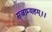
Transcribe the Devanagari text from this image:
सृजाम्यहम्।।